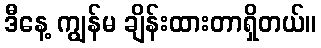
ဒီနေ့ ကျွန်မ ချိန်းထားတာရှိတယ်။